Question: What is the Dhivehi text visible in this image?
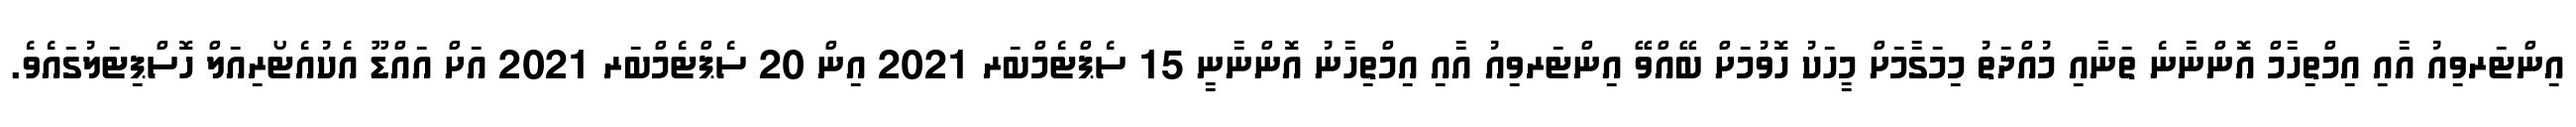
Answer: އިންޓަރވިއު އާއި އިމްތިހާމް އޮންނާނެ ތަނާއި މުއްދަތު މިމަގާމަށް މީހަކު ހޮވުމަށް ބޭއްވޭ އިންޓަރވިއު އާއި އިމްތިހާނު އޮންނާނީ 15 ސެޕްޓެމްބަރ 2021 އިން 20 ސެޕްޓެމްބަރ 2021 އަށް އައްޑޫ އެކުއެޓޯރިއަލް ހޮސްޕިޓަލުގައެވެ.